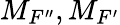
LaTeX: M_{F^{\prime\prime}},M_{F^{\prime}}